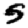
Digit: 5